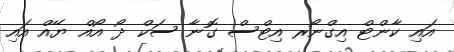
އައި ކާންޓް އިގްނޯރ އިޓްސް ގޮނާ ސަކް ދޯ އޯއް ޔޭއް އައި